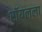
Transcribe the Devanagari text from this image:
रॉयलला